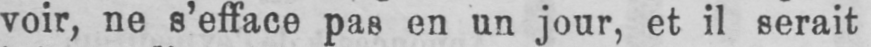
voir, ne s’efface pas en un jour, et il serait